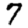
Digit: 7